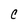
Character: C